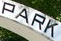
PARK